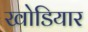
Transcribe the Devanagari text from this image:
खोडियार